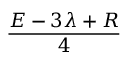
\frac { E - 3 \lambda + R } { 4 }